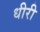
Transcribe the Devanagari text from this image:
धीरी